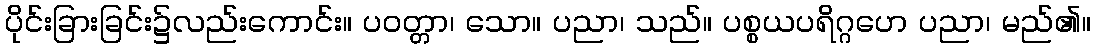
ပိုင်းခြားခြင်း၌လည်းကောင်း။ ပဝတ္တာ၊ သော။ ပညာ၊ သည်။ ပစ္စယပရိဂ္ဂဟေ ပညာ၊ မည်၏။